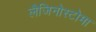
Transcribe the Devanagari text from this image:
लैजिनोस्टोमा